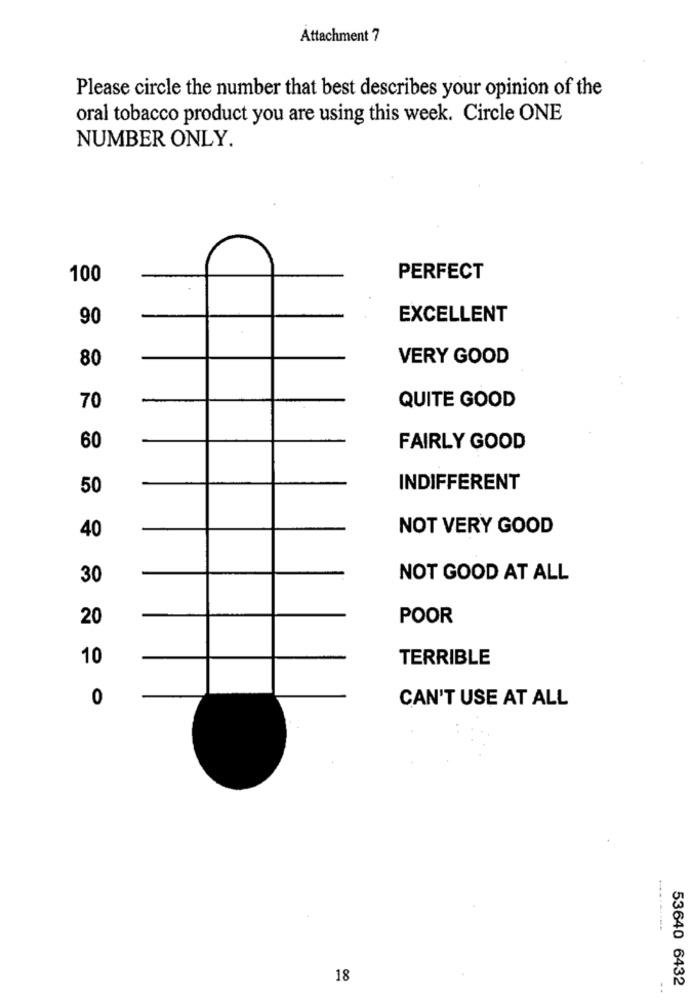
Attachment 7
Please circle the number that best describes your opinion of the
oral tobacco product you are using this week. Circle ONE
NUMBER ONLY.
100
PERFECT
90
EXCELLENT
80
VERY GOOD
QUITE GOOD
70
60
FAIRLY GOOD
50
INDIFFERENT
40
NOT VERY GOOD
30
NOT GOOD AT ALL
20
POOR
10
TERRIBLE
0
CAN'T USE AT ALL
18
53640 6432